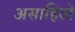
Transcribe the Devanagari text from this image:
असाहितो